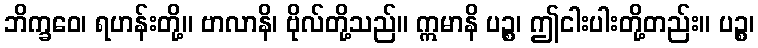
ဘိက္ခဝေ၊ ရဟန်းတို့။ ဗာလာနိ၊ ဗိုလ်တို့သည်။ ဣမာနိ ပဉ္စ၊ ဤငါးပါးတို့တည်း။ ပဉ္စ၊